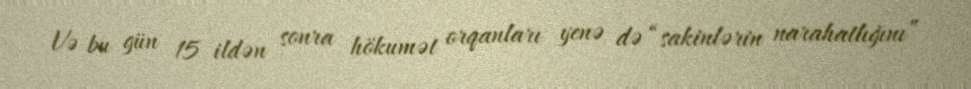
Və bu gün 15 ildən sonra hökumət orqanları yenə də “sakinlərin narahatlığını”